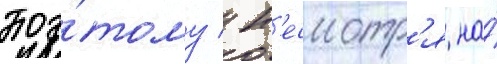
Поэ́тому / н'есмотр'я на́